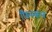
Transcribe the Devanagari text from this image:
फिस्कन